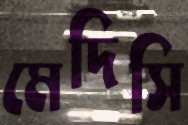
মেদিসি